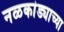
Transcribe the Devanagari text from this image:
नळकांड्याच्या